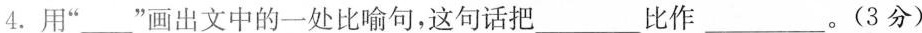
4. 用“___”画出文中的一处比喻句，这句话把___比作___。(3分)